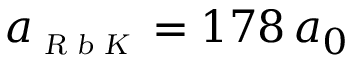
a _ { \scriptscriptstyle \textsl { R b K } } = 1 7 8 \, a _ { 0 }